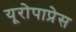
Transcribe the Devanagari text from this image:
यूरोपाप्रेस